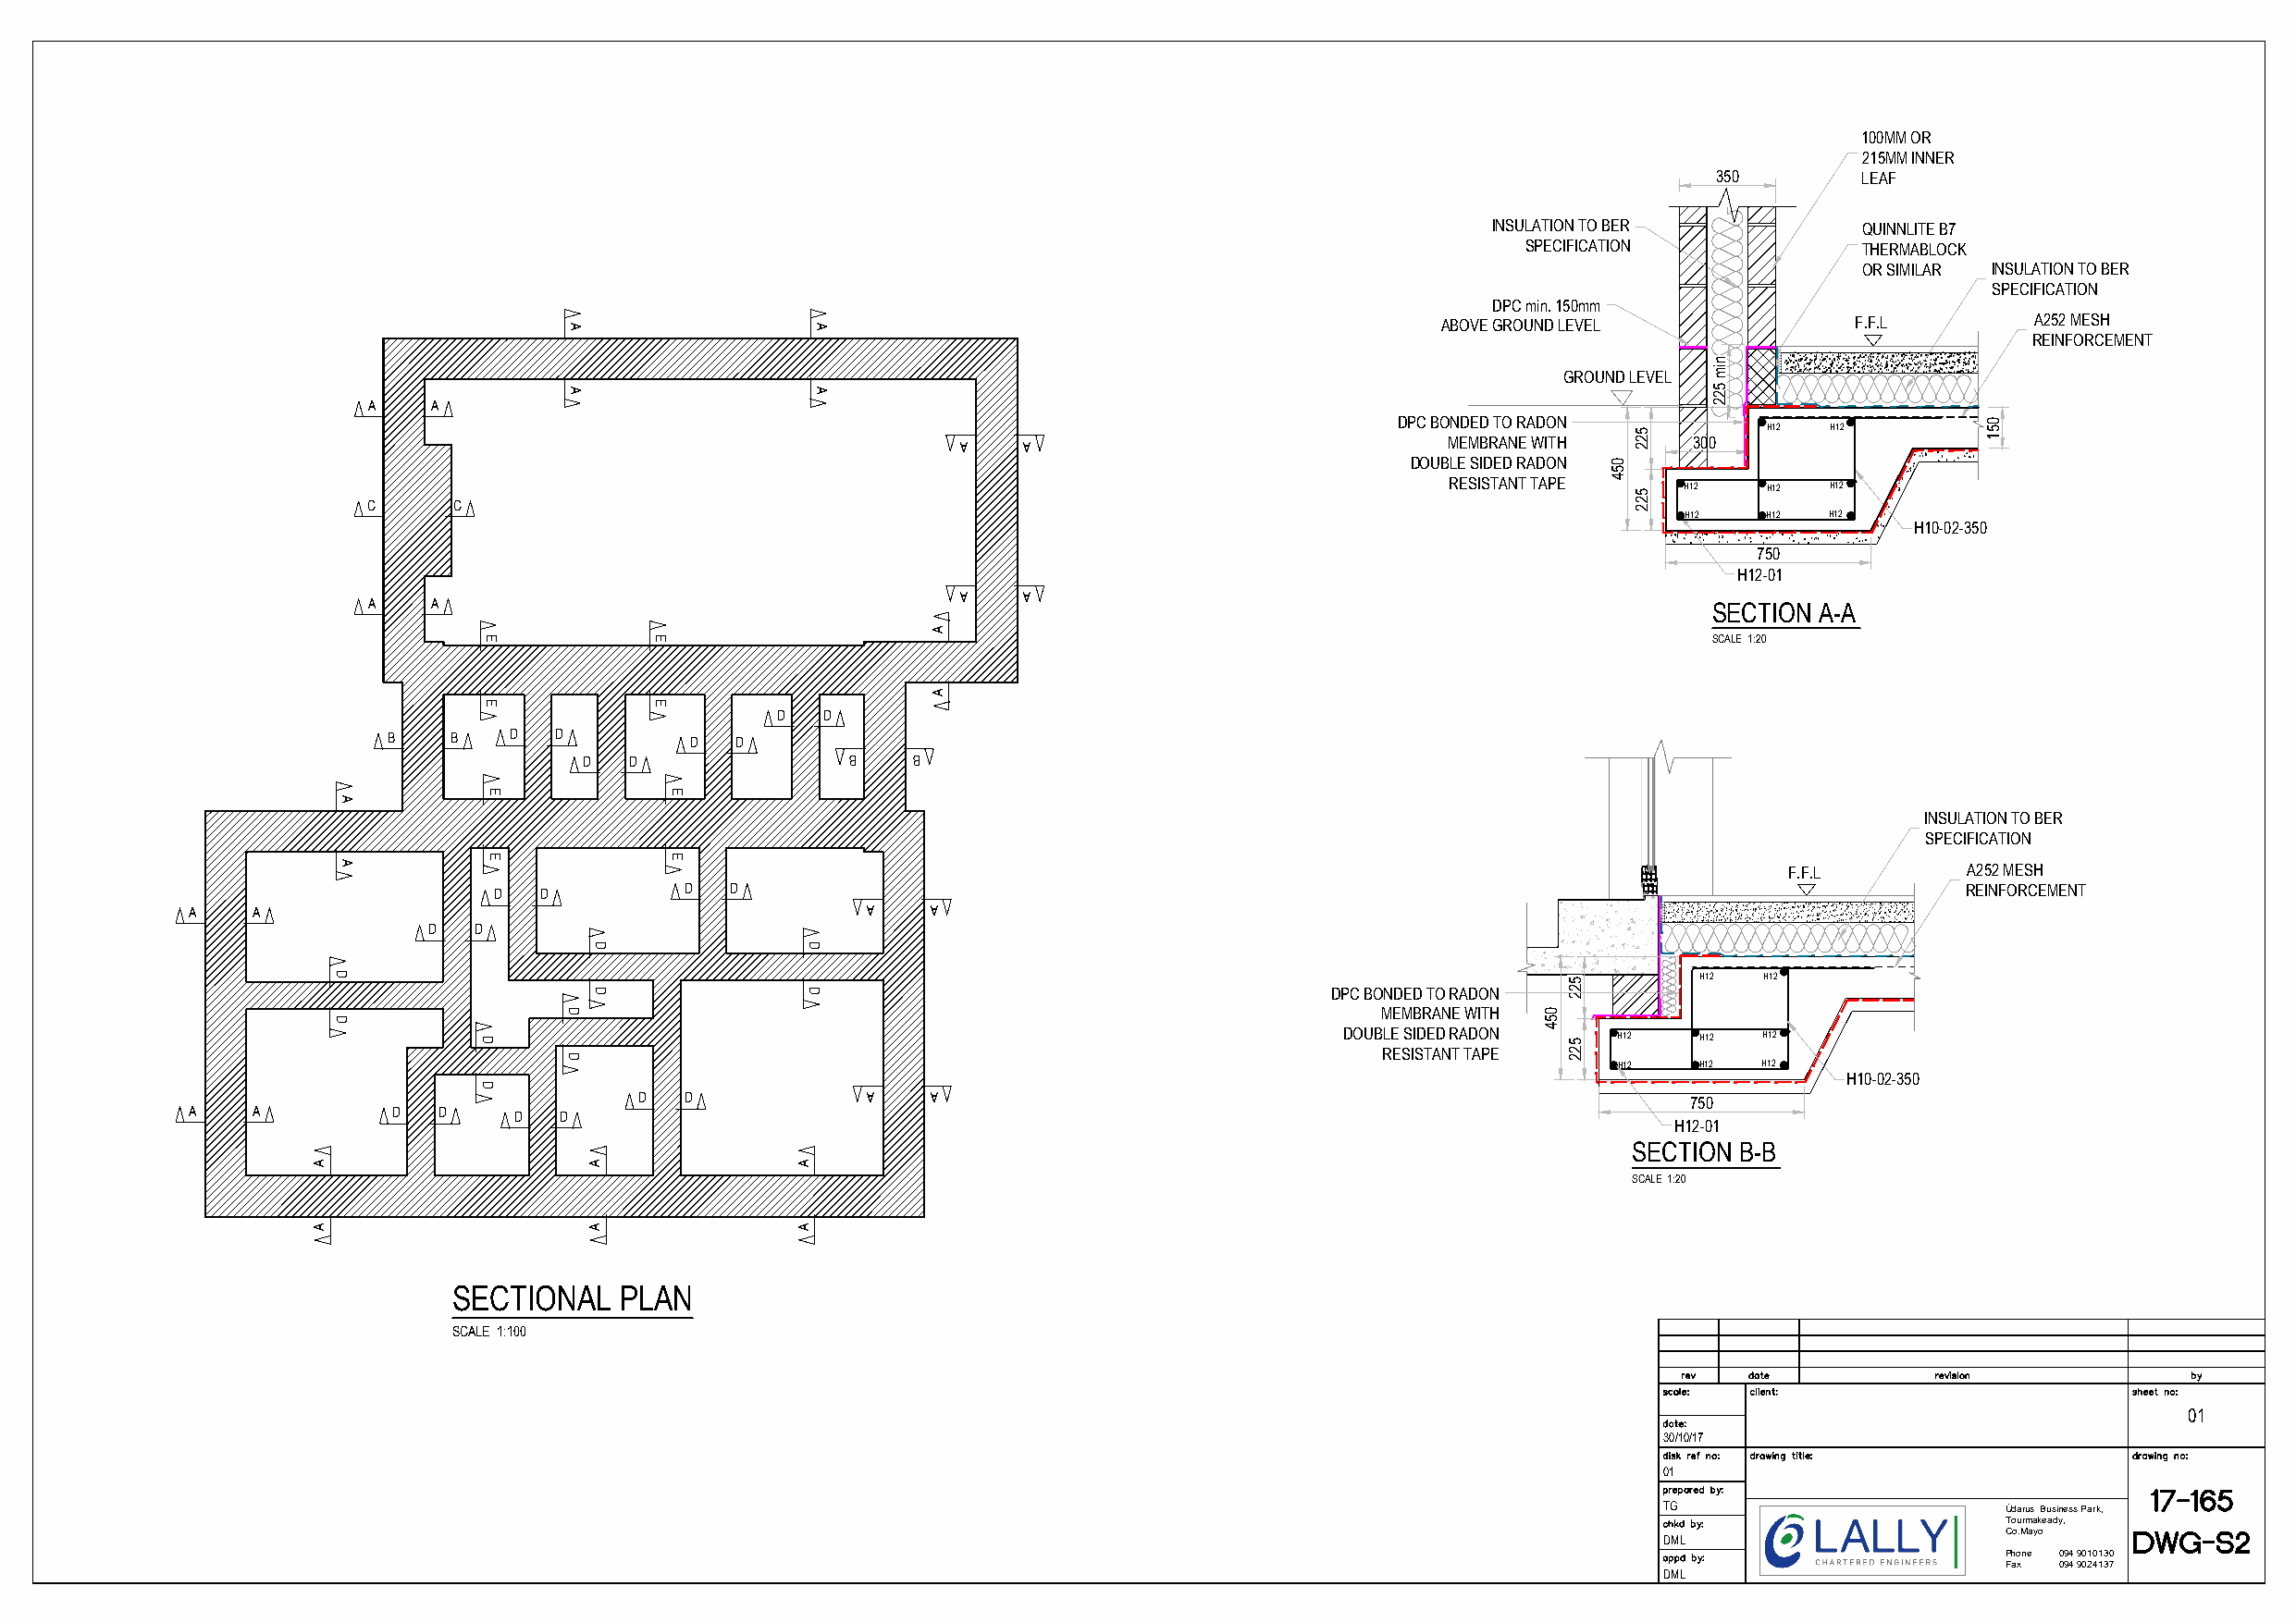
100MM OR
 215MM INNER
 350       LEAF
 INSULATION TO BER         QUINNLITE B7
 SPECIFICATION           THERMABLOCK
 OR SIMILAR INSULATION TO BER
 SPECIFICATION
 DPC min. 150mm
 ABOVE GROUND LEVEL            F.F.L        A252 MESH
 REINFORCEMENT
 GROUND LEVEL
 A    A
 DPC BONDED TO RADON        X X X X X X X X X X X X X X X X X X H12 H12
 A   A                              MEMBRANE WITH    300
 DOUBLE SIDED RADON
 RESISTANT TAPE  H12   H12  H12
 C     C
 H12  H12  H12
 H10-02-350
 750
 H12-01
 A   A
 A    A                                                                                          SECTION A-A
 SCALE 1:20
 D  D
 B   B   D   D        D   D
 D  D               B   B
 INSULATION TO BER
 SPECIFICATION
 517071    F.F.L        A252 MESH
 D   D         D  D                                                                 203077 203077          REINFORCEMENT
 A   A                                           A    A
 D  D
 X X X X X X X X X X X X X X X X X X X H12 H12
 DPC BONDED TO RADON
 MEMBRANE WITH
 DOUBLE SIDED RADON  H12   H12 H12
 RESISTANT TAPE
 H12   H12 H12
 H10-02-350
 D  D            A    A                                                     750
 A   A         D  D     D  D
 H12-01
 SECTION B-B
 SCALE 1:20
 SECTIONAL   PLAN
 SCALE 1:100
 01
 30/10/17
 01
 TG                      Údarus Business Park,
 Tourmakeady,
 Co.Mayo
 DML
 Phone 094 9010130
 Fax 094 9024137
 DML
 A
 A
 D
 D
 A
 A
 E
 E
 E
 E
 D
 D
 A
 A
 D
 D
 D
 D
 A
 A
 E
 E
 E
 E
 A
 A
 D
 D
 A
 A
 A
 A
 054
 522
 522
 054
 522
 522
 nim
 522
 051